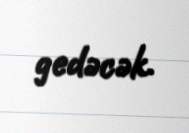
gedəcək.